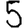
Digit: 5